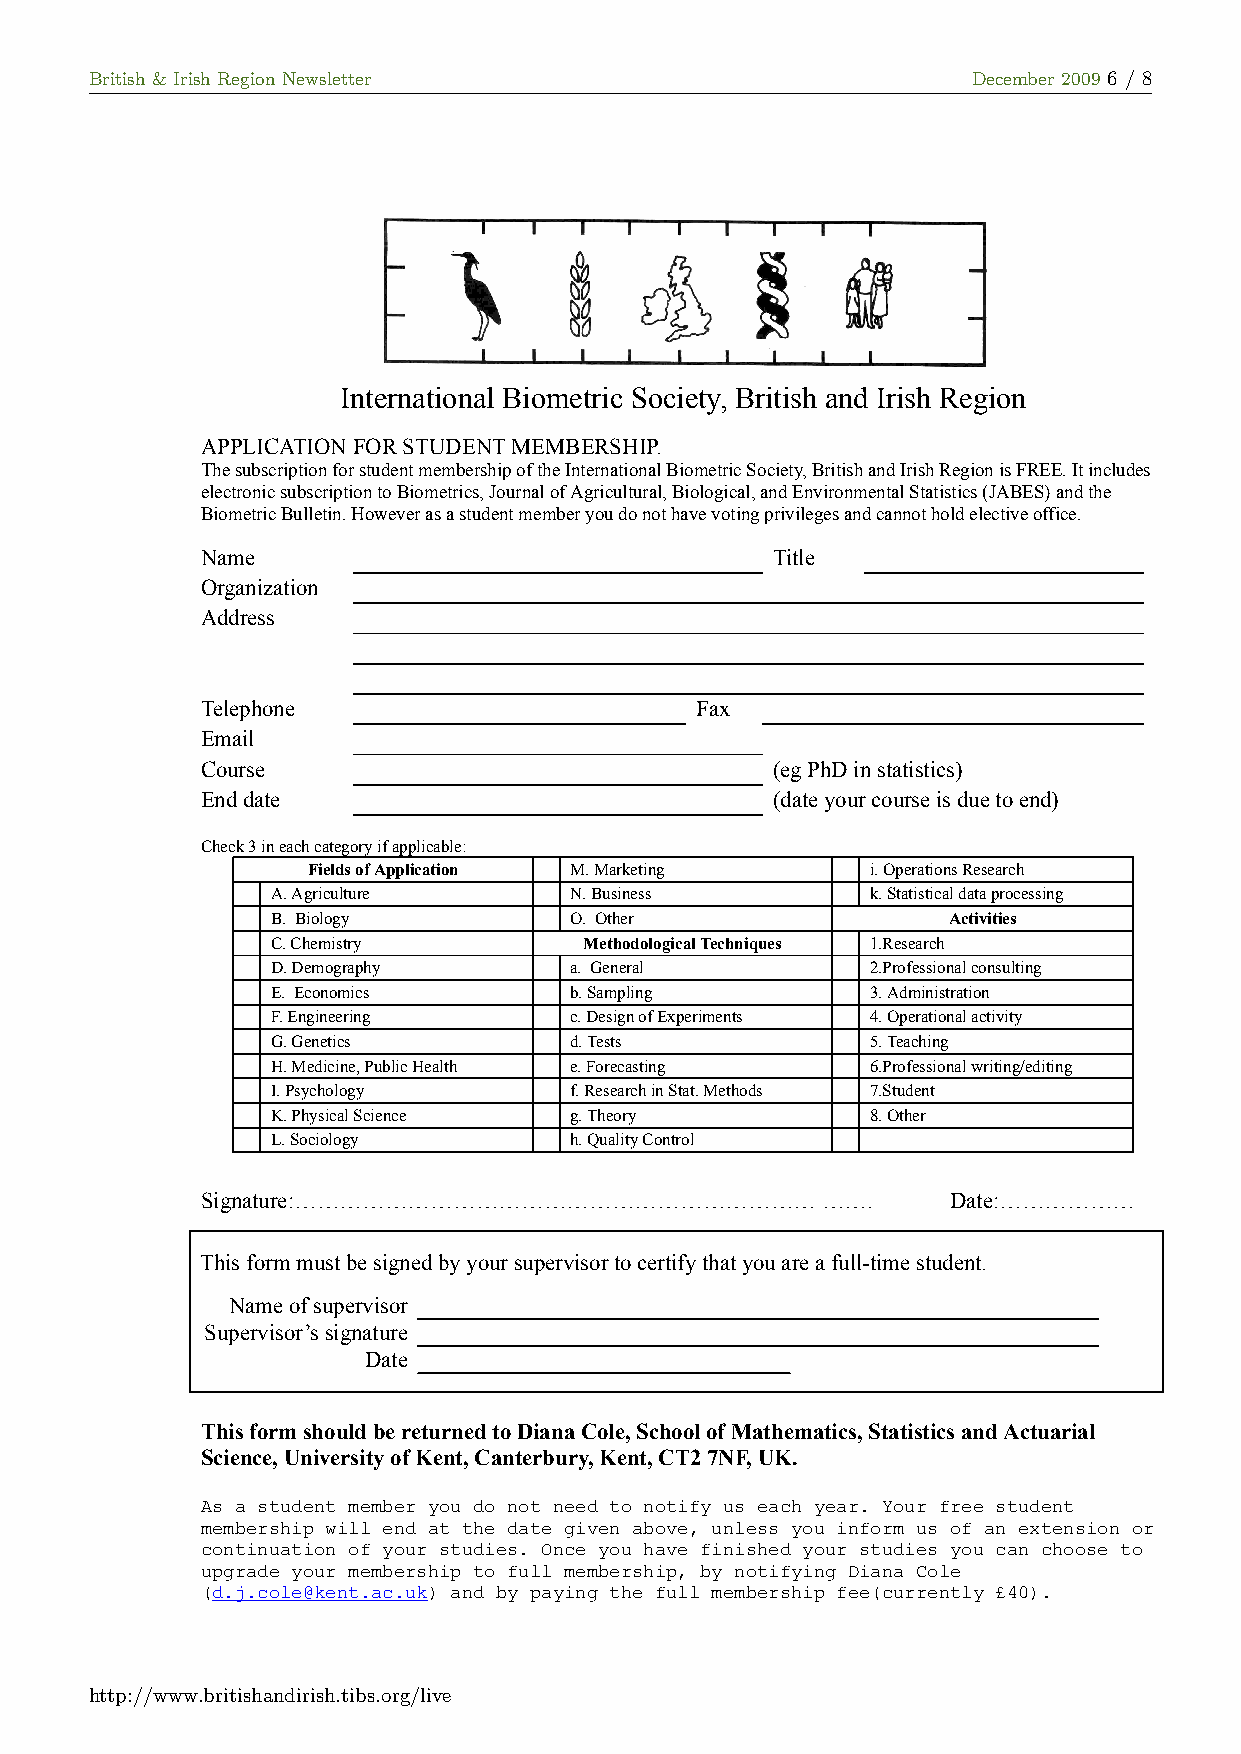
British & Irish Region Newsletter                         December 2009 6 / 8
 International Biometric Society, British and Irish Region
 APPLICATION FOR STUDENT MEMBERSHIP.
 The subscription for student membership of the International Biometric Society, British and Irish Region is FREE. It includes
 electronic subscription to Biometrics, Journal of Agricultural, Biological, and Environmental Statistics (JABES) and the
 Biometric Bulletin. However as a student member you do not have voting privileges and cannot hold elective office.
 Name                                  Title
 Organization
 Address
 Telephone                        Fax
 Email
 Course                                (eg PhD in statistics)
 End date                              (date your course is due to end)
 Check 3 in each category if applicable:
 Fields of Application M. Marketing    i. Operations Research
 A. Agriculture      N. Business         k. Statistical data processing
 B. Biology          O. Other                 Activities
 C. Chemistry         Methodological Techniques 1.Research
 D. Demography       a. General          2.Professional consulting
 E. Economics        b. Sampling         3. Administration
 F. Engineering      c. Design of Experiments 4. Operational activity
 G. Genetics         d. Tests            5. Teaching
 H. Medicine, Public Health e. Forecasting 6.Professional writing/editing
 I. Psychology       f. Research in Stat. Methods 7.Student
 K. Physical Science g. Theory           8. Other
 L. Sociology        h. Quality Control
 Signature:……………………………………………………………        …….      Date:………………
 This form must be signed by your supervisor to certify that you are a full-time student.
 Name of supervisor
 Supervisor’s signature
 Date
 This form should be returned to Diana Cole, School of Mathematics, Statistics and Actuarial
 Science, University of Kent, Canterbury, Kent, CT2 7NF, UK.
 As a student member you do not need to notify us each year. Your free student
 membership will end at the date given above, unless you inform us of an extension or
 continuation of your studies. Once you have finished your studies you can choose to
 upgrade your membership to full membership, by notifying Diana Cole
 (d.j.cole@kent.ac.uk) and by paying the full membership fee(currently £40).
 http://www.britishandirish.tibs.org/live